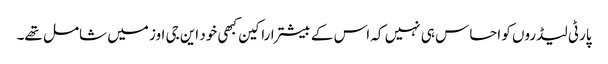
پارٹی لیڈروں کو احساس ہی نہیں کہ اس کے بیشتر اراکین کبھی خود این جی اوز میں شامل تھے۔